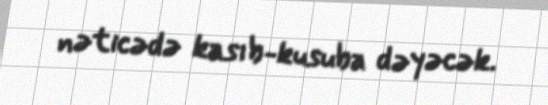
nəticədə kasıb-kusuba dəyəcək.